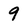
Character: 9